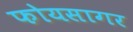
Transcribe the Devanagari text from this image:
फोयसागर